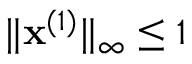
\| \mathbf { x } ^ { ( 1 ) } \| _ { \infty } \leq 1